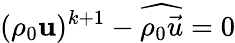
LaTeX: (\rho_{0}\mathbf{u})^{k+1}-\widehat{\rho_{0}\vec{u}}=0